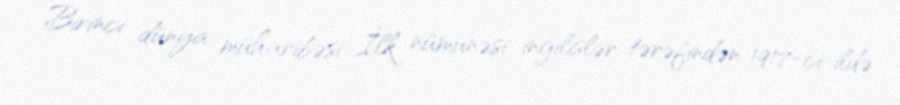
Birinci dünya müharibəsi İlk nümunəsi ingilislər tərəfindən 1917-ci ildə